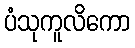
ပံသုကူလိကော